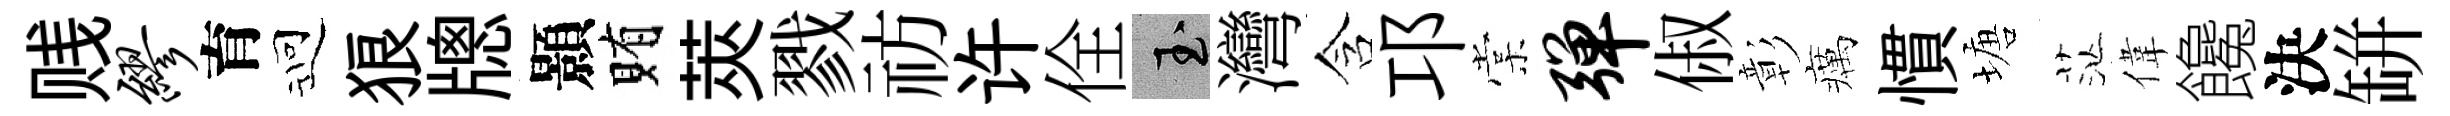
贱缪育迎狼牕顥賄莢戮祊许佺玉灣含邛棠弹俶彰癘慣塘茫偉饞決缾